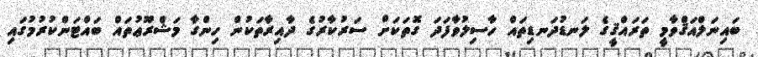
ބައިނަލްއަޤްވާމީ ތަރައްޤީގެ ލަނޑުދަނޑިތައް ހާސިލުވާފަދަ ގޮތަކަށް ސަރުކާރުގެ ދާއިރާތަކުން ހިންގާ މަޝްރޫޢުތައް ބައްޓަންކުރުމުގައި